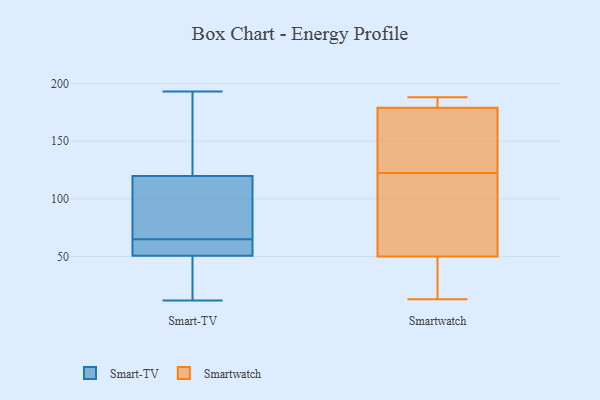
{"axis": {"x": "Humidity (%)", "y": "Value"}, "legend": ["Smart-TV", "Smartwatch"], "data": [{"x": "", "y": 55, "type": "Smart-TV"}, {"x": "", "y": 53, "type": "Smart-TV"}, {"x": "", "y": 37, "type": "Smart-TV"}, {"x": "", "y": 117, "type": "Smart-TV"}, {"x": "", "y": 12, "type": "Smart-TV"}, {"x": "", "y": 162, "type": "Smart-TV"}, {"x": "", "y": 63, "type": "Smart-TV"}, {"x": "", "y": 44, "type": "Smart-TV"}, {"x": "", "y": 79, "type": "Smart-TV"}, {"x": "", "y": 162, "type": "Smart-TV"}, {"x": "", "y": 17, "type": "Smart-TV"}, {"x": "", "y": 65, "type": "Smart-TV"}, {"x": "", "y": 193, "type": "Smart-TV"}, {"x": "", "y": 128, "type": "Smart-TV"}, {"x": "", "y": 76, "type": "Smart-TV"}, {"x": "", "y": 75, "type": "Smart-TV"}, {"x": "", "y": 60, "type": "Smart-TV"}, {"x": "", "y": 17, "type": "Smartwatch"}, {"x": "", "y": 13, "type": "Smartwatch"}, {"x": "", "y": 50, "type": "Smartwatch"}, {"x": "", "y": 83, "type": "Smartwatch"}, {"x": "", "y": 77, "type": "Smartwatch"}, {"x": "", "y": 167, "type": "Smartwatch"}, {"x": "", "y": 188, "type": "Smartwatch"}, {"x": "", "y": 162, "type": "Smartwatch"}, {"x": "", "y": 180, "type": "Smartwatch"}, {"x": "", "y": 179, "type": "Smartwatch"}]}